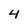
Character: 4